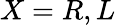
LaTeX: X=R,L